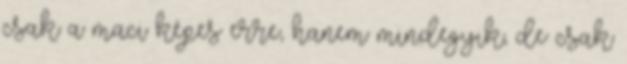
csak a maci képes erre, hanem mindegyik, de csak